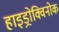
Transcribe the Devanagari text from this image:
हाइड्रोक्विनोक